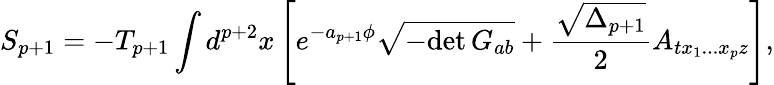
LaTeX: S_{p+1}=-T_{p+1}\int d^{p+2}x\left[e^{-a_{p+1}\phi}\sqrt{-\mathrm{det}\, G_{ab}}+{\frac{\sqrt{\Delta_{p+1}}}{2}}A_{tx_{1}...x_{p}z}\right],